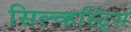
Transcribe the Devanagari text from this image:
सिल्व्हस्ट्रिस